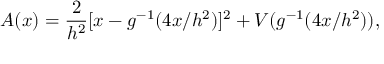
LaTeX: A ( x ) = { \frac { 2 } { h ^ { 2 } } } [ x - g ^ { - 1 } ( 4 x / h ^ { 2 } ) ] ^ { 2 } + V ( g ^ { - 1 } ( 4 x / h ^ { 2 } ) ) ,